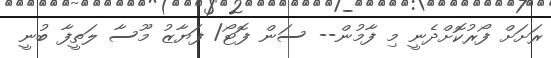
ރަށަށް ފޯރުކޮށްދެނީ މި ފާމުން-- ސަން ފޮޓޯ/ ފަޔާޒު މޫސާ ލަތީފާ ބުނީ